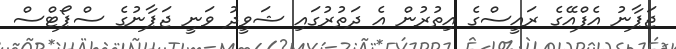
ޖަޕާނު އެފްއޭގެ ރައީސްގެ އިތުރުން އެ ދަތުރުގައި ޝަވީދު ވަނީ ޖަޕާނުގެ ސްޕޯޓްސް